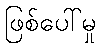
ဖြစ်ပေါ်မှု